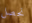
نحصل